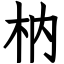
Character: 枘